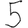
Digit: 5